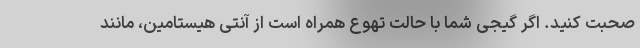
صحبت کنید. اگر گیجی شما با حالت تهوع همراه است از آنتی هیستامین، مانند